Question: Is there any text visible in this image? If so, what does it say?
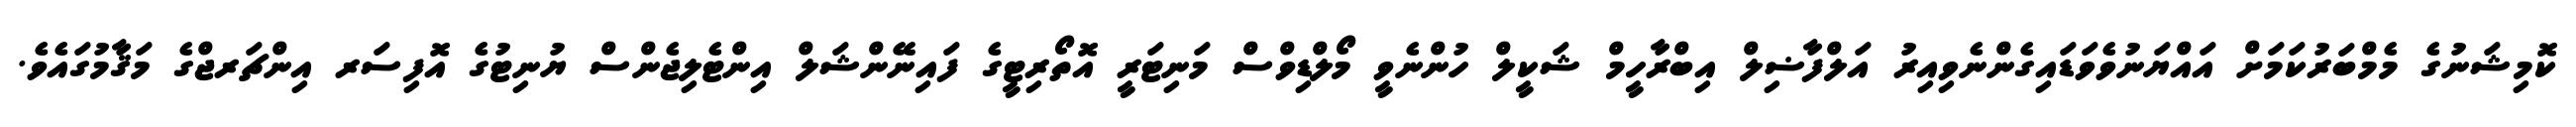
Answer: ކޮމިޝަނުގެ މެމްބަރުކަމަށް އައްޔަނުވެވަޑައިގެންނެވިއިރު އަލްފާޟިލް އިބްރާހީމް ޝަކީލް ހުންނެވީ މޯލްޑިވްސް މަނިޓަރީ އޮތޯރިޓީގެ ފައިނޭންޝަލް އިންޓެލިޖެންސް ޔުނިޓުގެ އޮފިސަރ އިންޗަރޖްގެ މަޤާމުގައެވެ.